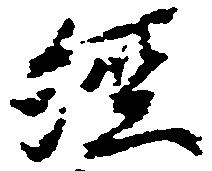
経